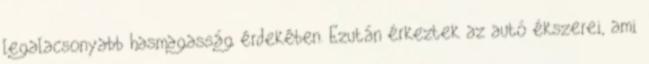
legalacsonyabb hasmagasság érdekében. Ezután érkeztek az autó ékszerei, ami